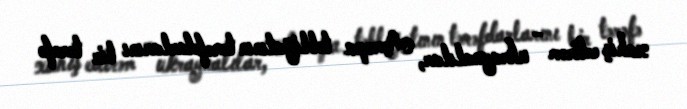
xahiş edirəm - ukraynalılar, Avropa təbliğatının tərəfdarlarını bir tərəfə